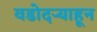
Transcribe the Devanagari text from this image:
वडोदऱ्याहून